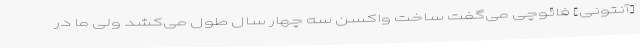
[آنتونی] فائوچی می‌گفت ساخت واکسن سه چهار سال طول می‌کشد ولی ما در